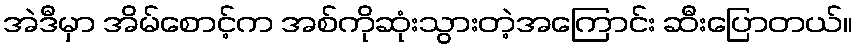
အဲဒီမှာ အိမ်စောင့်က အစ်ကိုဆုံးသွားတဲ့အကြောင်း ဆီးပြောတယ်။